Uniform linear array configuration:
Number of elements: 16
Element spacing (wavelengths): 0.5
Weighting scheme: kaiser
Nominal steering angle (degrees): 15
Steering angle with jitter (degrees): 13.943
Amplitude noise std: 0.05
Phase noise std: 0.05

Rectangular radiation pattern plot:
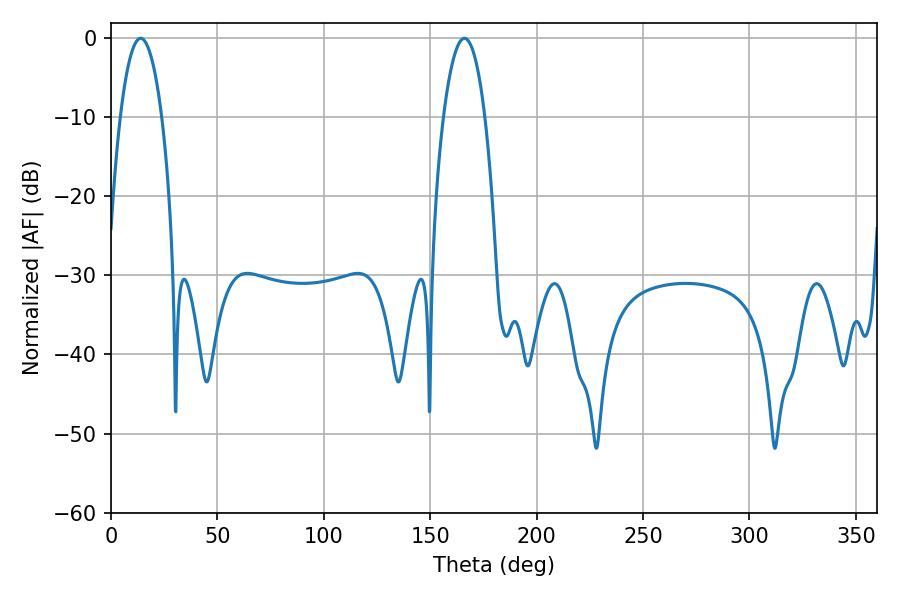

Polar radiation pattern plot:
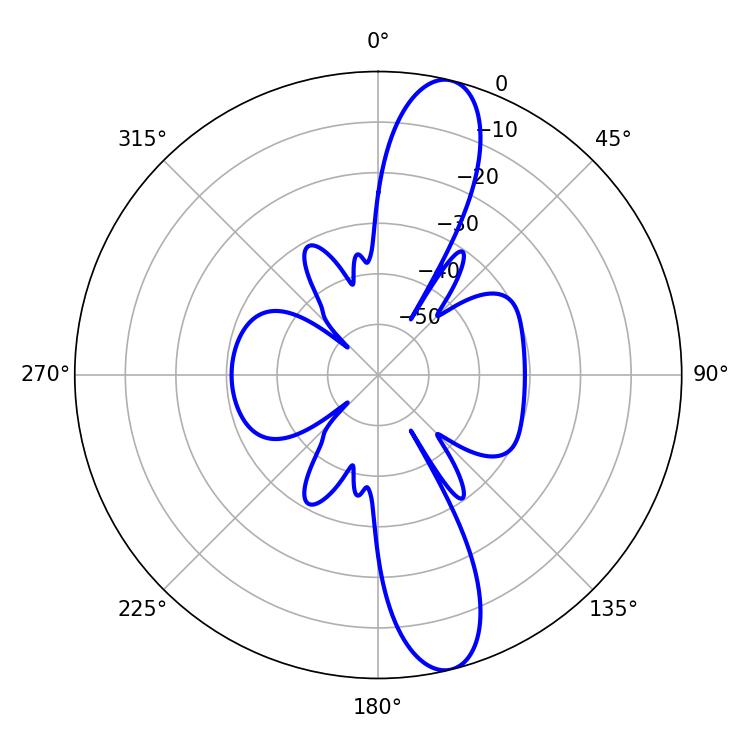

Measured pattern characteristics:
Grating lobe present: FALSE
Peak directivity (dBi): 13.111
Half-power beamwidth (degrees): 10.8
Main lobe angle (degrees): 13.86